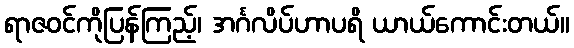
ရာဇဝင်ကိုပြန်ကြည့်၊ အင်္ဂလိပ်ဟာပရိ ယာယ်ကောင်းတယ်။